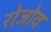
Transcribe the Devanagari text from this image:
रोजोव